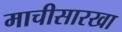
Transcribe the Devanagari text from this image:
माचीसारखा